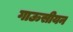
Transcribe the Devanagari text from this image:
गाऊसीयन